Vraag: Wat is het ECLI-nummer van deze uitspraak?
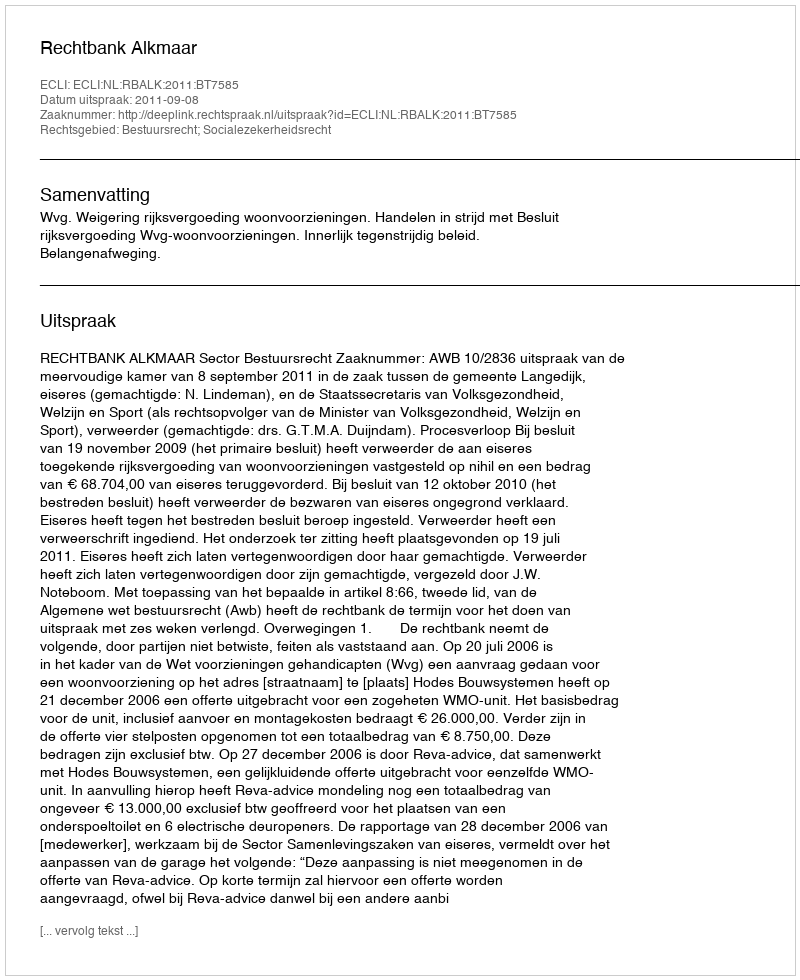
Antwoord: ECLI:NL:RBALK:2011:BT7585